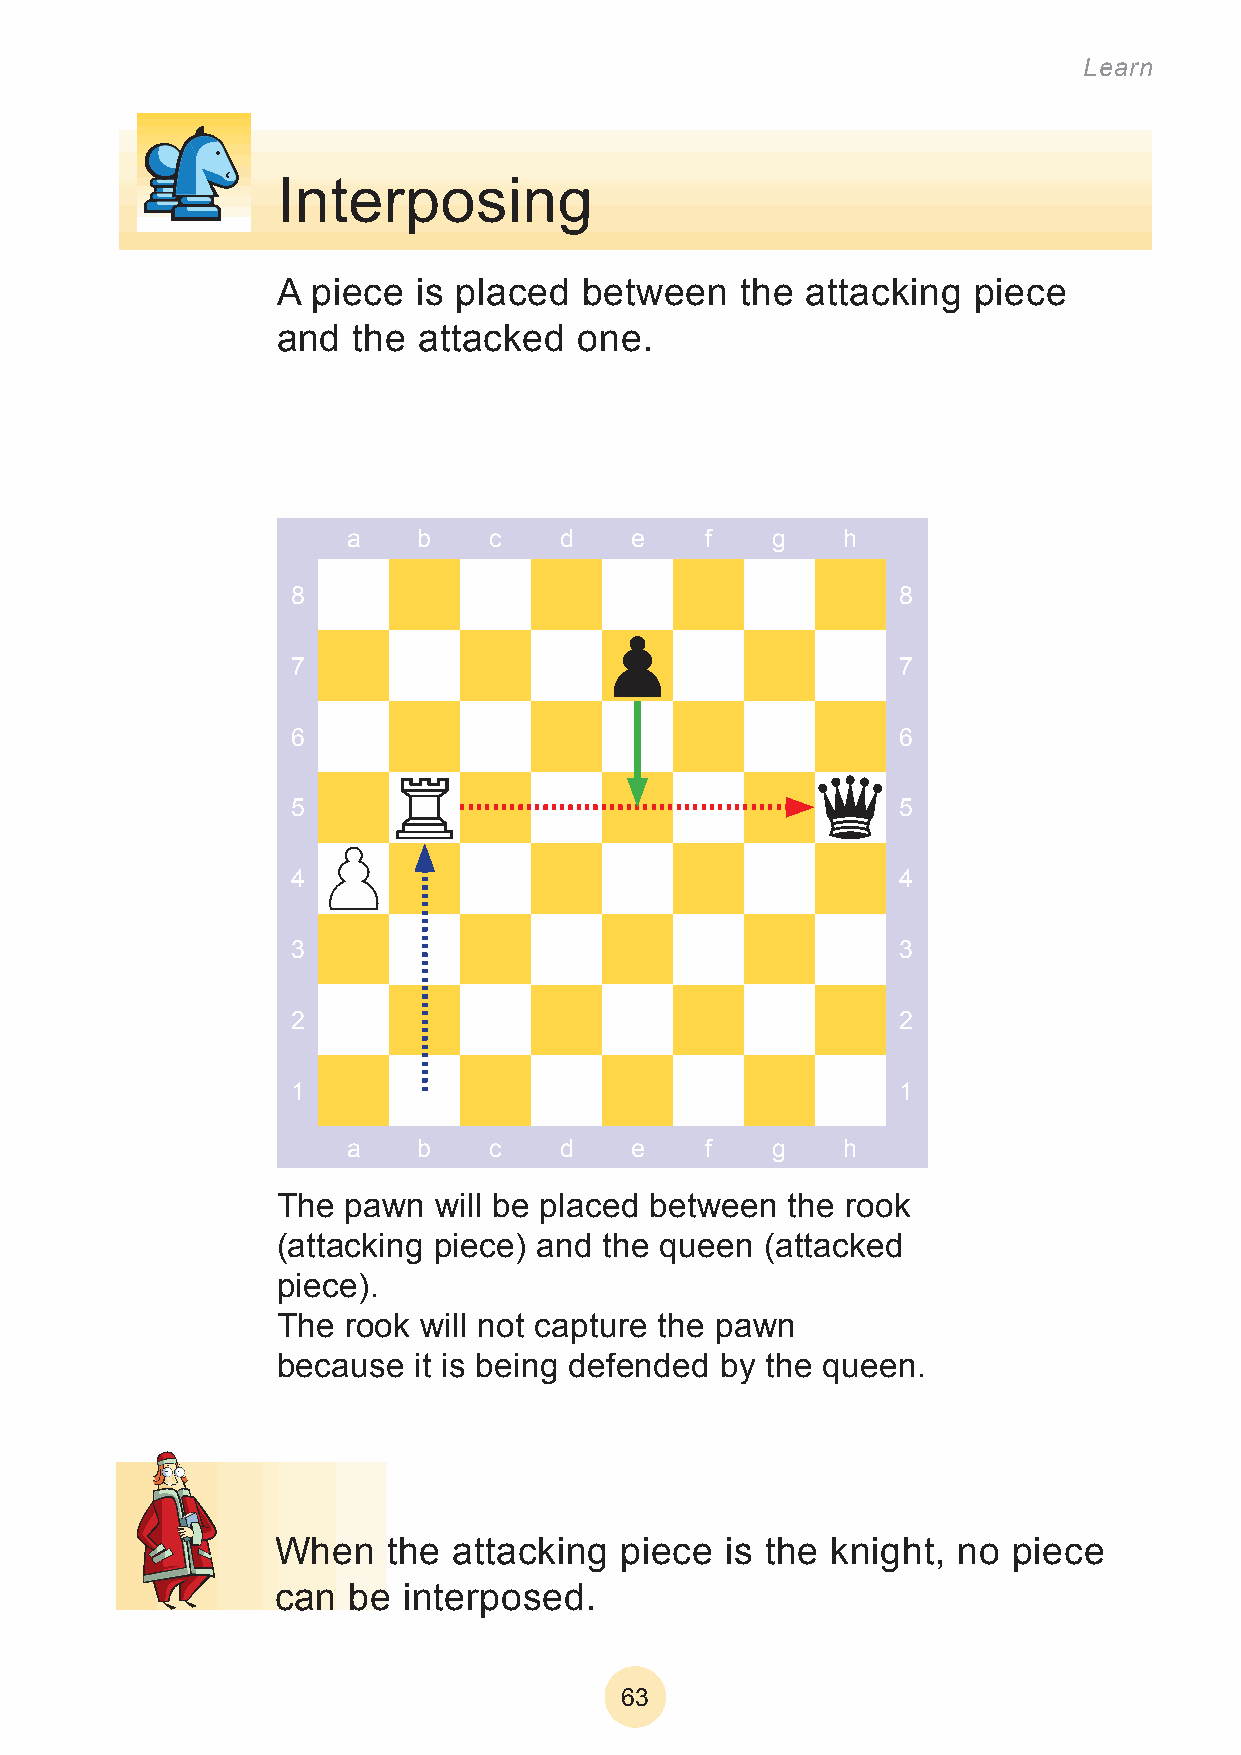
Learn
 Interposing
 A  piece  is placed  between   the attacking  piece
 and  the  attacked  one.
 a    b   c    d    e    f   g    h
 8                                        8
 7                                        7
 6                                        6
 5                                        5
 4                                        4
 3                                        3
 2                                        2
 1                                        1
 a    b   c    d    e    f   g    h
 The  pawn  will be placed between the rook
 (attacking piece) and the queen  (attacked
 piece).
 The  rook will not capture the pawn
 because  it is being defended by the queen.
 When    the attacking  piece  is the knight, no  piece
 can  be  interposed.
 63